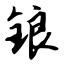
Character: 锒